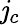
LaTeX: \mathit{j}_{c}